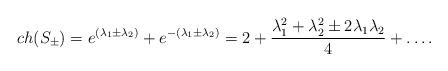
LaTeX: \begin{align*}ch(S_{\pm})=e^{(\lambda_1\pm\lambda_2)}+ e^{-(\lambda_1\pm\lambda_2)}=2+{{\lambda_1^2+\lambda_2^2\pm 2\lambda_1\lambda_2}\over{4}}+\dots.\end{align*}